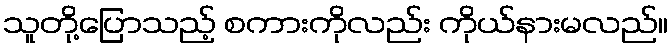
သူတို့ပြောသည့် စကားကိုလည်း ကိုယ်နားမလည်။